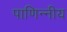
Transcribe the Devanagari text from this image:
पाणिन्नीय